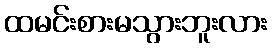
ထမင်းစားမသွားဘူးလား